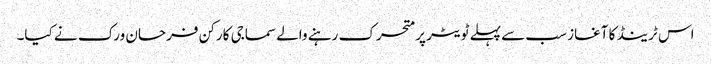
اس ٹرینڈ کا آغاز سب سے پہلے ٹویٹر پر متحرک رہنے والے سماجی کارکن فرحان ورک نے کیا۔